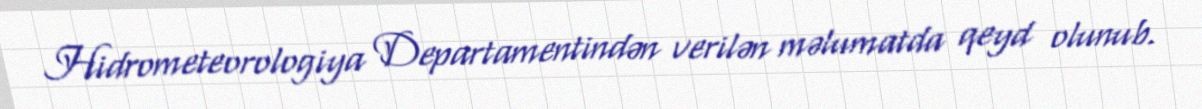
Hidrometeorologiya Departamentindən verilən məlumatda qeyd olunub.